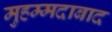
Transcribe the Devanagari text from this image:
मुहम्‍मदाबाद